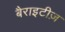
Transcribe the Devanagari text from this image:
बैराइटीज़